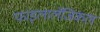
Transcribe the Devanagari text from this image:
फाइलालॅजिकल